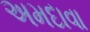
અમદાવા